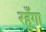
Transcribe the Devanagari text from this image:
रहुँगा